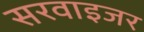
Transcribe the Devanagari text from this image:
सरवाइजर